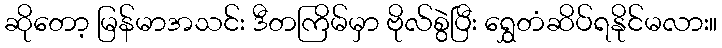
ဆိုတော့ မြန်မာအသင်း ဒီတကြိမ်မှာ ဗိုလ်စွဲပြီး ရွှေတံဆိပ်ရနိုင်မလား။